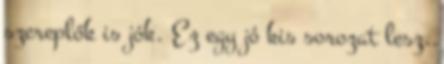
szereplők is jók. Ez egy jó kis sorozat lesz.